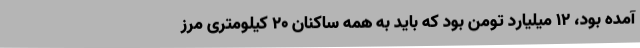
آمده بود، 12 میلیارد تومن بود که باید به همه ساکنان 20 کیلومتری مرز